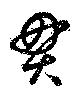
貫